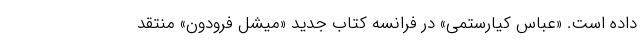
داده است. «عباس کیارستمی» در فرانسه کتاب جدید «میشل فرودون» منتقد